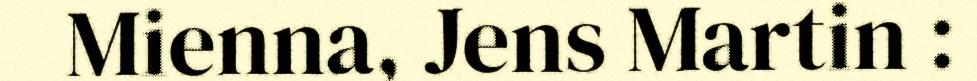
Mienna, Jens Martin :